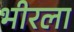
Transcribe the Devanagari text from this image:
भीरला